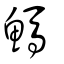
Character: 鰢